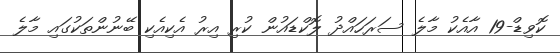
ކޮވިޑް-19 އާއެކު މާލެ ސަރަހައްދު ލޮކްޑައުން ކުރި އިރު އެކިއެކި ބޭނުންތަކުގައި މާލެ